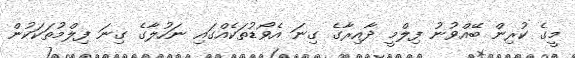
މީގެ ކުރިން ބޭއްވުނު ފިލްމީ ދާއިރާގެ ގިނަ އެވޯޑުތަކެއްގައި ނަހުލާގެ ގިނަ ފިލްމުތަކަކުން